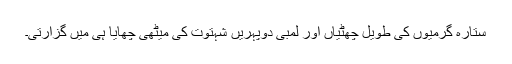
ستارہ گرمیوں کی طویل چھٹیاں اور لمبی دوپہریں شہتوت کی میٹھی چھایا ہی میں گزارتی۔